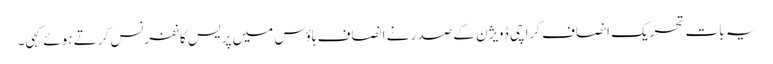
یہ بات تحریک انصاف کراچی ڈویژن کے صدر نے انصاف ہاؤس میں پریس کانفرنس کرتے ہوئے کہی۔